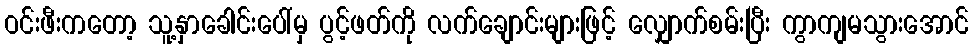
ဝင်းဖီးကတော့ သူ့နှာခေါင်းပေါ်မှ ပွင့်ဖတ်ကို လက်ချောင်းများဖြင့် လျှောက်စမ်းပြီး ကွာကျမသွားအောင်